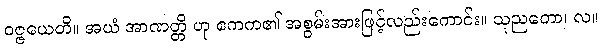
ဝဇ္ဇယေတိ။ အယံ အာဏတ္တိ ဟု ဧကက၏ အစွမ်းအားဖြင့်လည်းကောင်း။ သုညတော၊ လ။